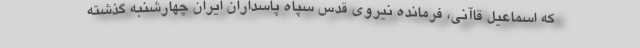
که اسماعیل قاآنی، فرمانده نیروی قدس سپاه پاسداران ایران چهارشنبه گذشته